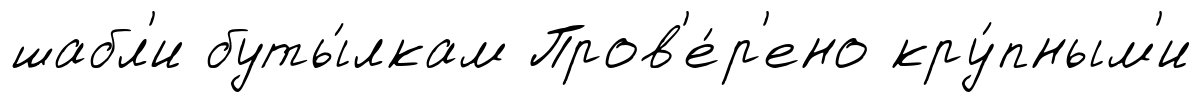
шабл'и буты́лкам Пров'е́р'ено кру́пным'и